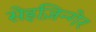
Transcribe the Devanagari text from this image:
सेइज़िन्गेर